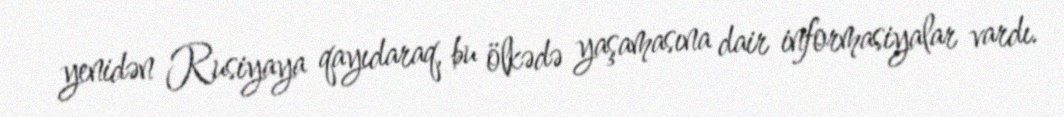
yenidən Rusiyaya qayıdaraq, bu ölkədə yaşamasına dair informasiyalar vardı.